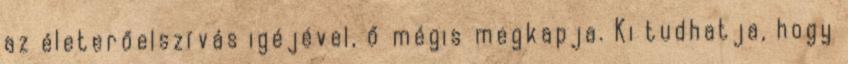
az életerőelszívás igéjével, ő mégis megkapja. Ki tudhatja, hogy